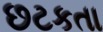
છટકતા